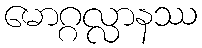
မောဂ္ဂလ္လာနဿ